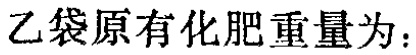
乙袋原有化肥重量为：